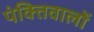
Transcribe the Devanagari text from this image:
पंक्तिवालों